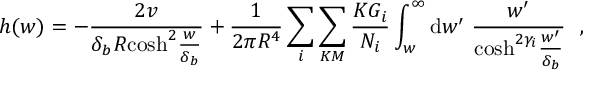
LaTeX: h ( w ) = - \frac { 2 v } { \delta _ { b } R \mathrm { c o s h } ^ { 2 } \frac { w } { \delta _ { b } } } + \frac { 1 } { 2 \pi R ^ { 4 } } \sum _ { i } \sum _ { K M } \frac { K G _ { i } } { { \cal N } _ { i } } \int _ { w } ^ { \infty } \mathrm { d } w ^ { \prime } ~ \frac { w ^ { \prime } } { \mathrm { c o s h } ^ { 2 \gamma _ { i } } \frac { w ^ { \prime } } { \delta _ { b } } } ~ ~ ,